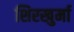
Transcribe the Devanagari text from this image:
शिरखुर्मा